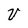
Character: V